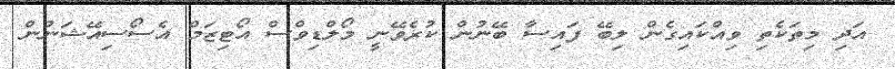
އަދި މިތަކެތި ވިއްކައިގެން ލިބޭ ފައިސާ ބޭނުން ކުރެވޭނީ މޯލްޑިވްސް އޯޓިޒަމް އެސޯސިއޭޝަނުން